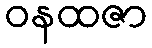
ဝနထဇာ